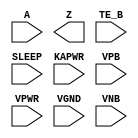
/**
 * Copyright 2020 The SkyWater PDK Authors
 *
 * Licensed under the Apache License, Version 2.0 (the "License");
 * you may not use this file except in compliance with the License.
 * You may obtain a copy of the License at
 *
 *     https://www.apache.org/licenses/LICENSE-2.0
 *
 * Unless required by applicable law or agreed to in writing, software
 * distributed under the License is distributed on an "AS IS" BASIS,
 * WITHOUT WARRANTIES OR CONDITIONS OF ANY KIND, either express or implied.
 * See the License for the specific language governing permissions and
 * limitations under the License.
 *
 * SPDX-License-Identifier: Apache-2.0
 */

`ifndef SKY130_FD_SC_LP__BUSDRIVERNOVLPSLEEP_PP_SYMBOL_V
`define SKY130_FD_SC_LP__BUSDRIVERNOVLPSLEEP_PP_SYMBOL_V

/**
 * busdrivernovlpsleep: Bus driver, enable gates pulldown only,
 *                      non-inverted sleep input (on kapwr rail).
 *
 * Verilog stub (with power pins) for graphical symbol definition
 * generation.
 *
 * WARNING: This file is autogenerated, do not modify directly!
 */

`timescale 1ns / 1ps
`default_nettype none

(* blackbox *)
module sky130_fd_sc_lp__busdrivernovlpsleep (
    //# {{data|Data Signals}}
    input  A    ,
    output Z    ,

    //# {{control|Control Signals}}
    input  TE_B ,

    //# {{power|Power}}
    input  SLEEP,
    input  KAPWR,
    input  VPB  ,
    input  VPWR ,
    input  VGND ,
    input  VNB
);
endmodule

`default_nettype wire
`endif  // SKY130_FD_SC_LP__BUSDRIVERNOVLPSLEEP_PP_SYMBOL_V